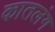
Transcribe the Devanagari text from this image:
कातलंग